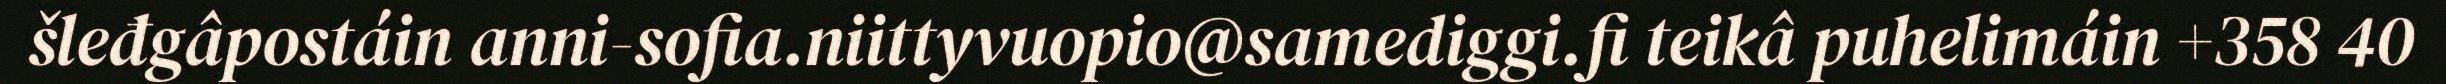
šleđgâpostáin anni-sofia.niittyvuopio@samediggi.fi teikâ puhelimáin +358 40